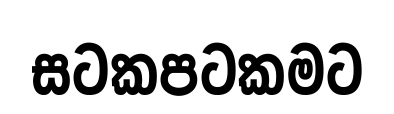
සටකපටකමට